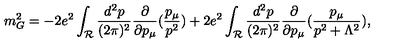
m _ { G } ^ { 2 } = - 2 e ^ { 2 } \int _ { { \mathcal R } } \frac { d ^ { 2 } p } { ( 2 \pi ) ^ { 2 } } \frac { \partial } { \partial p _ { \mu } } ( \frac { p _ { \mu } } { p ^ { 2 } } ) + 2 e ^ { 2 } \int _ { { \mathcal R } } \frac { d ^ { 2 } p } { ( 2 \pi ) ^ { 2 } } \frac { \partial } { \partial p _ { \mu } } ( \frac { p _ { \mu } } { p ^ { 2 } + \Lambda ^ { 2 } } ) ,